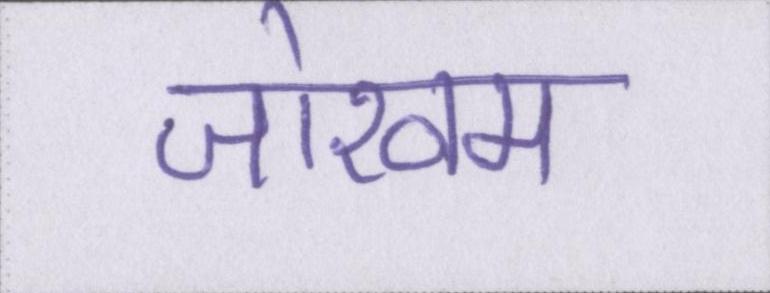
जोखम